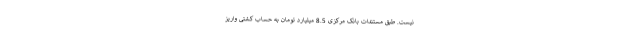
نیست. طبق مستندات بانک مرکزی 8.5 میلیارد تومان به حساب کشتی واریز